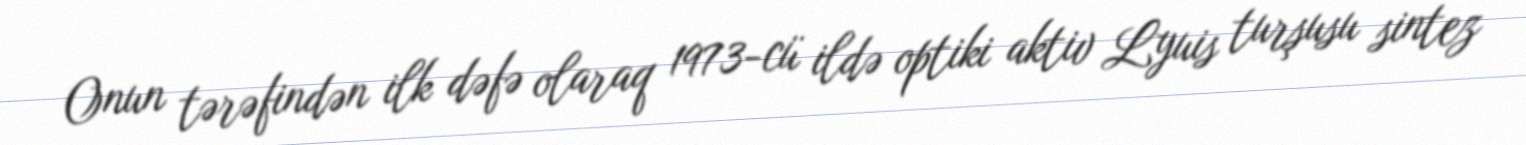
Onun tərəfindən ilk dəfə olaraq 1973-cü ildə optiki aktiv Lyuis turşusu sintez